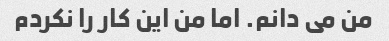
من می دانم. اما من این کار را نکردم